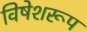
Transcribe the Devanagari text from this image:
विषेशरूप